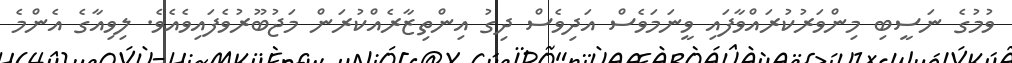
ވުމުގެ ނަސީބި މިންވަރުކުރައްވާފައި ވީނަމަވެސް އަދިވެސް ދިގު އިންތިޒާރެއްކުރަން މަޖުބޫރުވެފައިވެއެވެ. ލިވިއާގެ އެންމެ